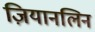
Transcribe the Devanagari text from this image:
ज़ियानलिन